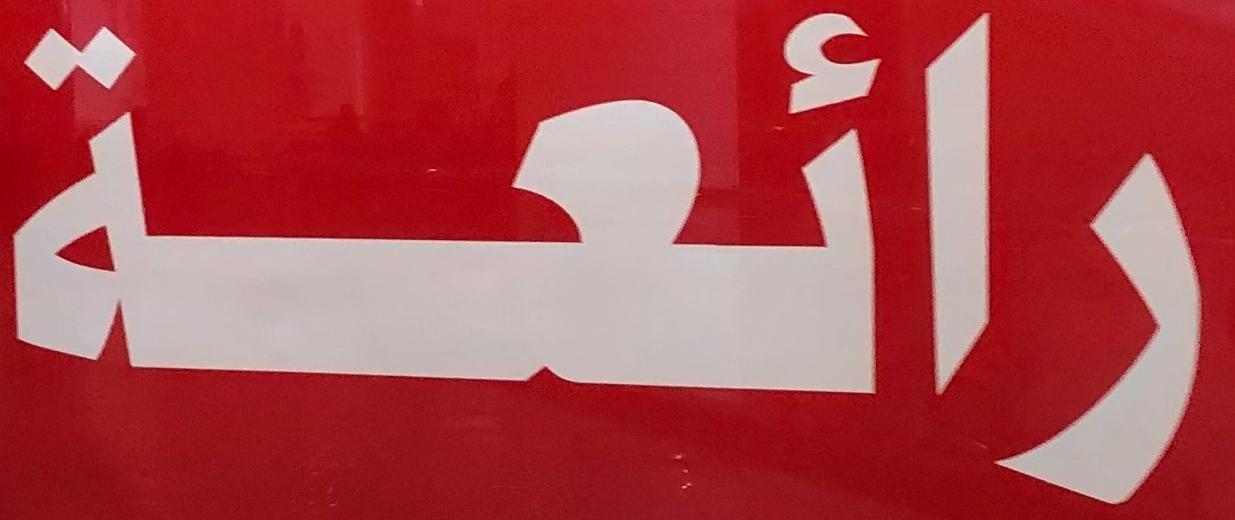
رائعة